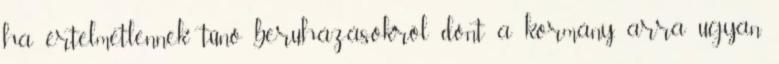
ha értelmetlennek tűnő beruházásokról dönt a kormány, arra ugyan